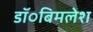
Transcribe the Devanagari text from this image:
डॉ०बिमलेश